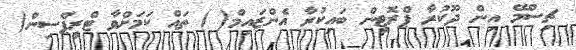
ޗިސްމޭ އިން ދޫކުރާ ޕްރޮޓީން ބައިކުރާ އެންޒައިމް( ) ތައް ކަމަށްވާ ޓްރީޕްސިން(